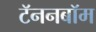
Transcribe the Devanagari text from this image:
टॅननबॉम